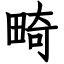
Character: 畸